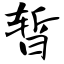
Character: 暂